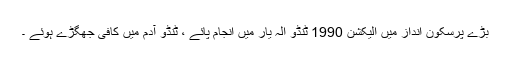
بڑے پرسکون انداز میں الیکشن 1990 ٹنڈو الہ یار میں انجام پائے ، ٹنڈو آدم میں کافی جھگڑے ہوئے ۔